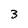
Character: 3